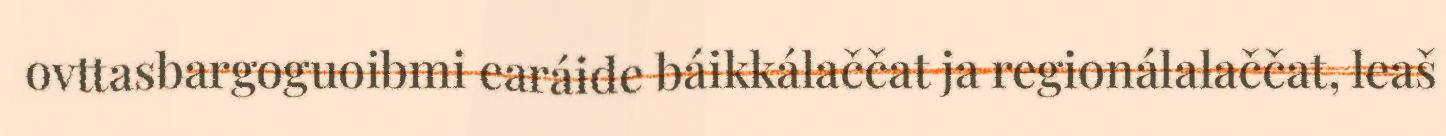
ovttasbargoguoibmi earáide báikkálaččat ja regionálalaččat, leaš